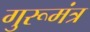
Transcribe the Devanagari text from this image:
गुरूमंत्र